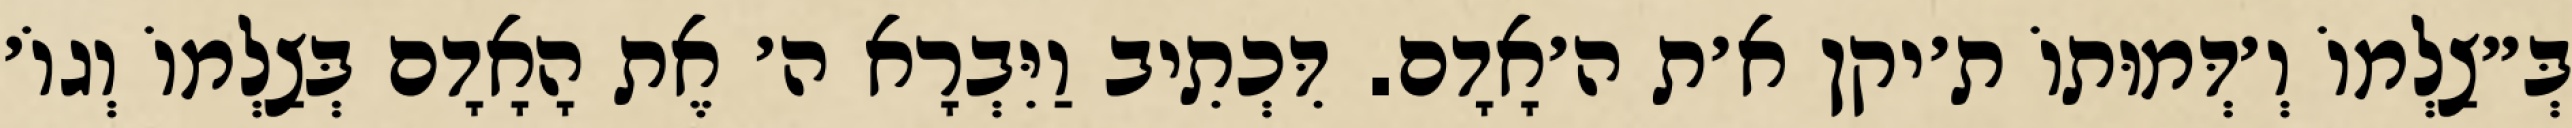
בְּ״צַלְמוֹ וְ׳דְּמוּתוֹ ת׳יקן א׳ת ה׳אָדָם. דִּכְתִיב וַיִּבְרָא ה׳ אֶת הָאָדָם בְּצַלְמוֹ וְגוֹ׳